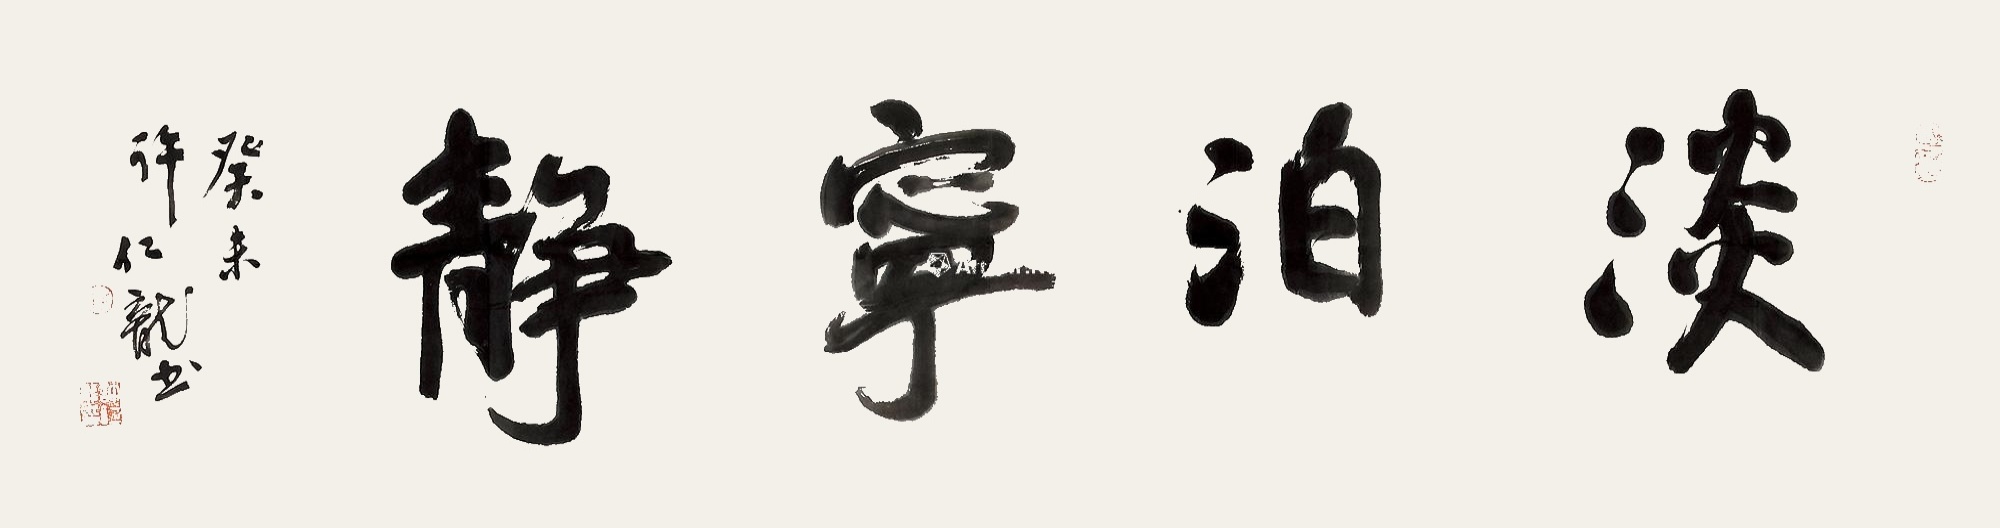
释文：淡泊宁静癸未许仁龙书。